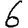
Digit: 6